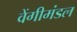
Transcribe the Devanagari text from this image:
वेंगीमंडल